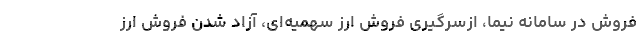
فروش در سامانه نیما، ازسرگیری فروش ارز سهمیه‌ای، آزاد شدن فروش ارز